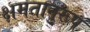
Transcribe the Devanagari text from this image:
क्षमतानुरूप